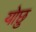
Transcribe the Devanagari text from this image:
योछु